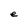
Character: e